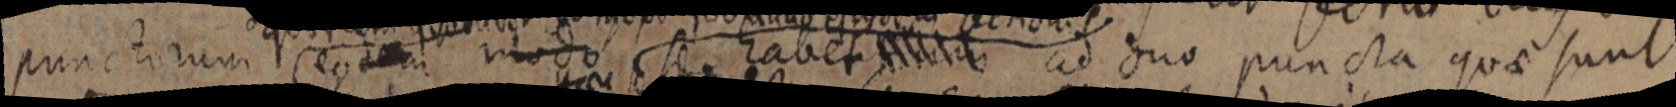
punctorum eodem modo se habet _ ad duo puncta quae sunt